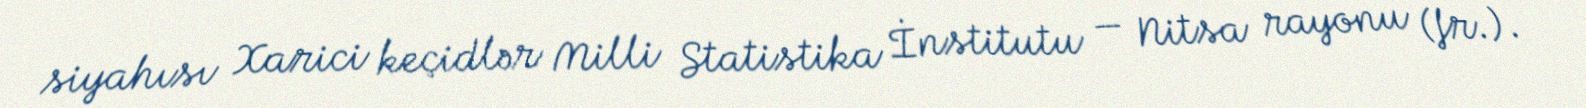
siyahısı Xarici keçidlər Milli Statistika İnstitutu — Nitsa rayonu (fr.).